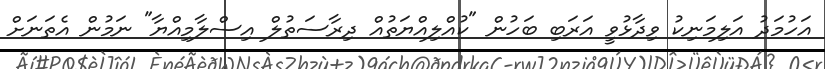
އަހުމަދު އަލިމަނިކު ވިދާޅުވީ އަރަބި ބަހުން "ކުއްލިއްޔަތުއް ދިރާސަތުލް އިސްލާމިއްޔާ" ނަމުން އެތަނަށް